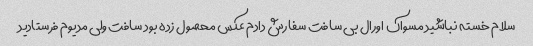
سلام خسته نباشید مسواک اورال بی سافت سفارش دادم عکس محصول زده بود سافت ولی مدیوم فرستادید